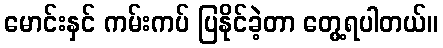
မောင်းနှင် ကမ်းကပ် ပြနိုင်ခဲ့တာ တွေ့ရပါတယ်။